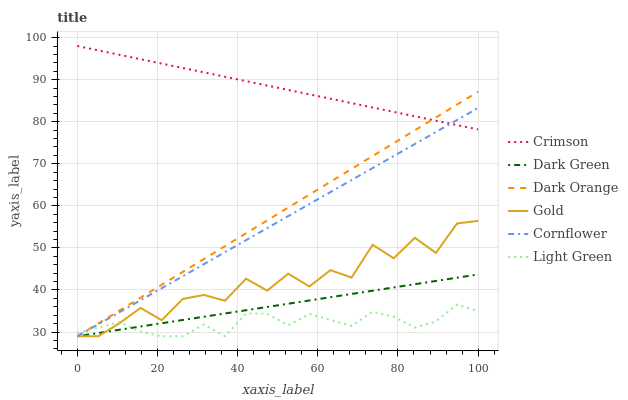
| xaxis_label | Crimson | Dark Green | Dark Orange | Gold | Cornflower | Light Green |
 | --- | --- | --- | --- | --- | --- | --- |
 | 0 | 98 | 29 | 29 | 29 | 29 | 29.8 |
 | 5.26 | 97 | 29.8 | 32.1 | 29 | 31.9 | 31 |
 | 10.5 | 95.9 | 30.5 | 35.1 | 32.1 | 34.7 | 32.4 |
 | 15.8 | 94.9 | 31.3 | 38.2 | 35.7 | 37.6 | 30.1 |
 | 21.1 | 93.8 | 32.1 | 41.2 | 32.8 | 40.4 | 29 |
 | 26.3 | 92.8 | 32.9 | 44.3 | 37.9 | 43.3 | 29 |
 | 31.6 | 91.7 | 33.6 | 47.4 | 38.8 | 46.1 | 31.8 |
 | 36.8 | 90.7 | 34.4 | 50.4 | 37.4 | 49 | 29 |
 | 42.1 | 89.6 | 35.2 | 53.5 | 42.7 | 51.8 | 34.4 |
 | 47.4 | 88.6 | 36 | 56.5 | 39.9 | 54.7 | 34.4 |
 | 52.6 | 87.6 | 36.7 | 59.6 | 43.9 | 57.6 | 31.6 |
 | 57.9 | 86.5 | 37.5 | 62.7 | 40.8 | 60.4 | 34.3 |
 | 63.2 | 85.5 | 38.3 | 65.7 | 44.7 | 63.3 | 32.9 |
 | 68.4 | 84.4 | 39.1 | 68.8 | 42.9 | 66.1 | 31.5 |
 | 73.7 | 83.4 | 39.8 | 71.8 | 50.7 | 69 | 34.8 |
 | 78.9 | 82.3 | 40.6 | 74.9 | 47.5 | 71.8 | 33.6 |
 | 84.2 | 81.3 | 41.4 | 78 | 52.4 | 74.7 | 31.1 |
 | 89.5 | 80.2 | 42.1 | 81 | 48.8 | 77.6 | 32.5 |
 | 94.7 | 79.2 | 42.9 | 84.1 | 55.8 | 80.4 | 36.5 |
 | 100 | 78.2 | 43.7 | 87.1 | 56.4 | 83.3 | 35 |